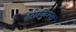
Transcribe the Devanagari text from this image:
हेराकिल्स